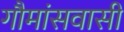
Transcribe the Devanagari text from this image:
गौमांसवासी